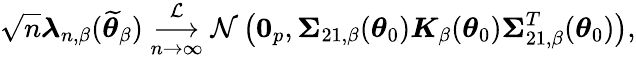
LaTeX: \sqrt{n}\boldsymbol{\lambda}_{n,\beta}(\widetilde{\boldsymbol{\theta}}_{\beta})\underset{n\rightarrow\infty}{\overset{\mathcal{L}}{\longrightarrow}}\mathcal{N}\left(\boldsymbol{0}_{p},\boldsymbol{\Sigma}_{21,\beta}(\boldsymbol{\theta}_{0})\boldsymbol{K}_{\beta}(\boldsymbol{\theta}_{0})\boldsymbol{\Sigma}_{21,\beta}^{T}(\boldsymbol{\theta}_{0})\right),